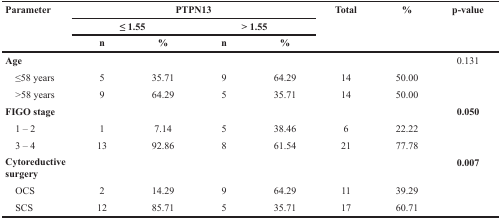
<table><thead><tr><td rowspan="3"><b>Parameter</b></td><td colspan="4"><b>PTPN13</b></td><td rowspan="3"><b>Total</b></td><td rowspan="3"><b>%</b></td><td rowspan="3"><b>p-value</b></td></tr><tr><td colspan="2"><b>≤ 1.55</b></td><td colspan="2"><b>&gt; 1.55</b></td></tr><tr><td><b>n</b></td><td><b>%</b></td><td><b>n</b></td><td><b>%</b></td></tr></thead><tbody><tr><td><b>Age</b></td><td></td><td></td><td></td><td></td><td></td><td></td><td>0.131</td></tr><tr><td> ≤58 years</td><td>5</td><td>35.71</td><td>9</td><td>64.29</td><td>14</td><td>50.00</td><td></td></tr><tr><td> &gt;58 years</td><td>9</td><td>64.29</td><td>5</td><td>35.71</td><td>14</td><td>50.00</td><td></td></tr><tr><td><b>FIGO stage</b></td><td></td><td></td><td></td><td></td><td></td><td></td><td><b>0.050</b></td></tr><tr><td> 1 – 2</td><td>1</td><td>7.14</td><td>5</td><td>38.46</td><td>6</td><td>22.22</td><td></td></tr><tr><td> 3 – 4</td><td>13</td><td>92.86</td><td>8</td><td>61.54</td><td>21</td><td>77.78</td><td></td></tr><tr><td><b>Cytoreductive surgery</b></td><td></td><td></td><td></td><td></td><td></td><td></td><td><b>0.007</b></td></tr><tr><td> OCS</td><td>2</td><td>14.29</td><td>9</td><td>64.29</td><td>11</td><td>39.29</td><td></td></tr><tr><td> SCS</td><td>12</td><td>85.71</td><td>5</td><td>35.71</td><td>17</td><td>60.71</td><td></td></tr></tbody></table>